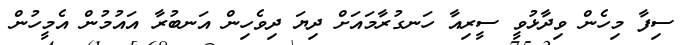
ސިފާ މިހެން ވިދާޅުވީ ސީރިއާ ހަނގުރާމައަށް ދިޔަ ދިވެހިން އަނބުރާ އައުމުން އެމީހުން